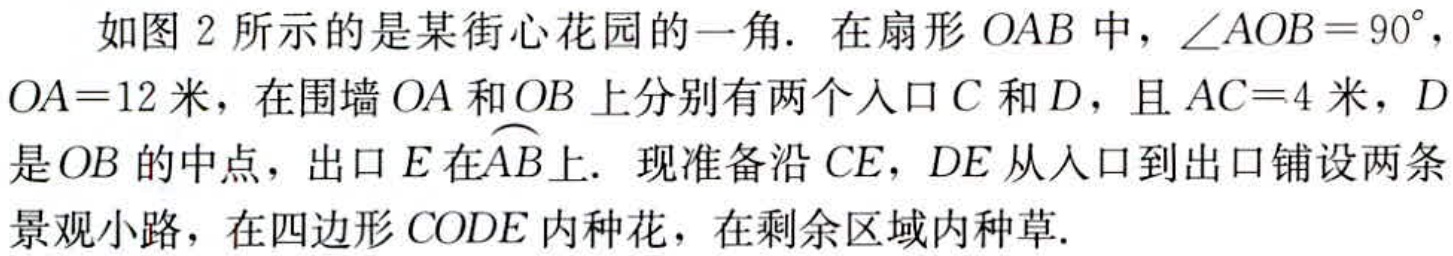
如图 2 所示的是某街心花园的一角. 在扇形 \(OAB\) 中，\(\angle AOB = 90^{\circ}\)，\(OA = 12\) 米，在围墙 \(OA\) 和 \(OB\) 上分别有两个入口 \(C\) 和 \(D\)，且 \(AC = 4\) 米，\(D\) 是 \(OB\) 的中点，出口 \(E\) 在\(\overset{\frown}{AB}\)上. 现准备沿 \(CE\)，\(DE\) 从入口到出口铺设两条景观小路，在四边形 \(CODE\) 内种花，在剩余区域内种草.